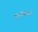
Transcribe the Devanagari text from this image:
अज्ञाताचा